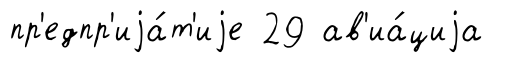
пр'едпр'иjа́т'иjе 29 ав'иа́циjа